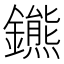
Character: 𨮳